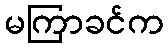
မကြာခင်က